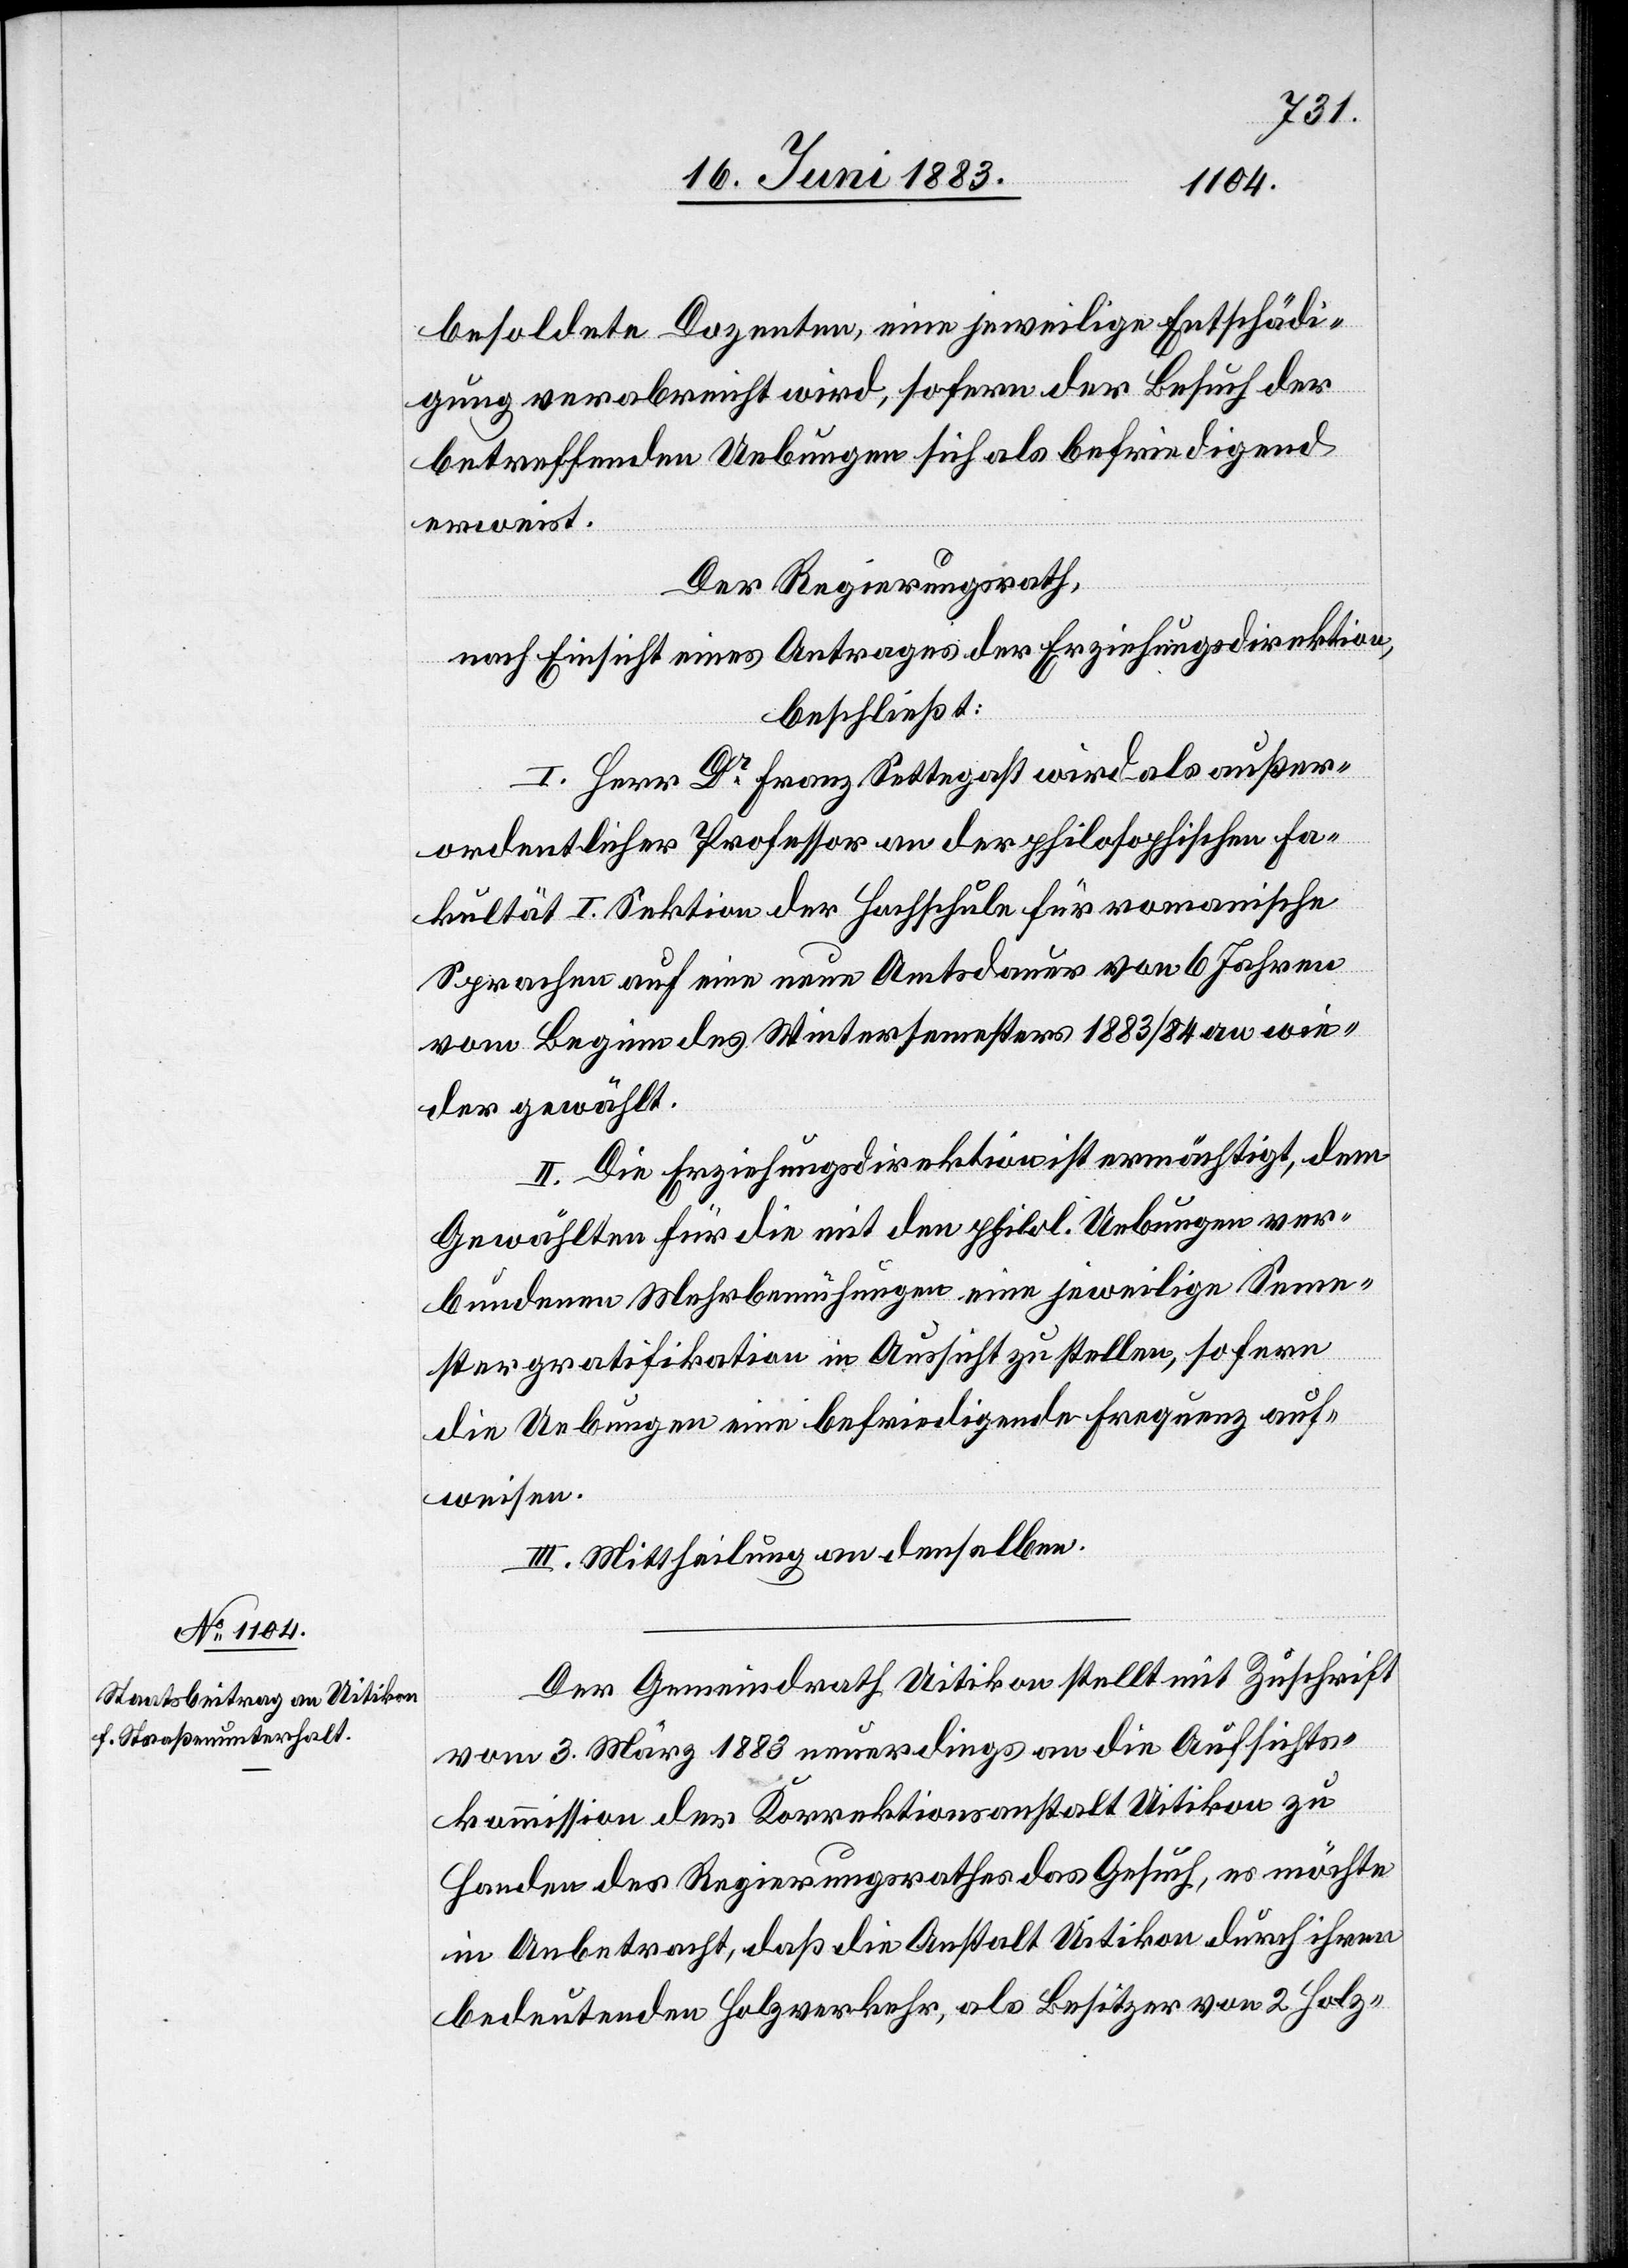
besoldete Dozenten, eine jeweilige Entschädi¬
gung verabreicht wird, sofern der Besuch der
betreffenden Uebungen sich als befriedigend
erweist.
Der Regierungsrath,
nach Einsicht eines Antrages der Erziehungsdirektion,
beschließt:
I. Herr Dr Franz Settegast wird als außer¬
ordentlicher Professor an der philosophischen Fa¬
kultät I. Sektion der Hochschule für romanische
Sprachen auf eine neue Amtsdauer von 6 Jahren
vom Beginn des Wintersemesters 1883/84 an wie¬
der gewählt.
II. Die Erziehungsdirektion ist ermächtigt, dem
Gewählten für die mit den philol. Uebungen ver¬
bundenen Mehrbemühungen eine jeweilige Seme¬
stergratifikation in Aussicht zu stellen, sofern
die Uebungen eine befriedigende Frequenz auf¬
weisen.
III. Mittheilung an denselben.
Der Gemeindrath Uitikon stellt mit Zuschrift
vom 3. März 1883 neuerdings an die Aufsichts¬
kommission der Korrektionsanstalt Uitikon zu
Handen des Regierungsrathes das Gesuch, es möchte
in Anbetracht, daß die Anstalt Uitikon durch ihren
bedeutenden Holzverkehr, als Besitzer von 2 Holz-